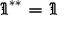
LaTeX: { \mathfrak { I } } ^ { * * } = { \mathfrak { I } }